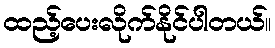
ထည့်ပေးလိုက်နိုင်ပါတယ်။